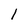
Character: l